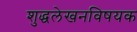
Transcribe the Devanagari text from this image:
शुद्धलेखनविषयक